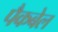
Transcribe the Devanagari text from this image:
पैकबेल